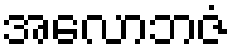
အလောဘဇံ